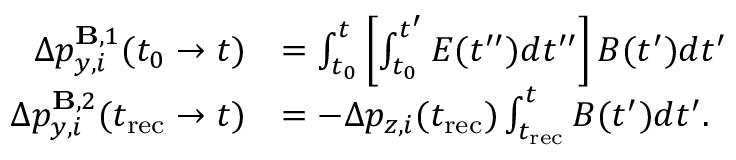
\begin{array} { r l } { \Delta p _ { y , i } ^ { \mathbf { B } , 1 } ( t _ { 0 } \to t ) } & { = \int _ { t _ { 0 } } ^ { t } \left[ \int _ { t _ { 0 } } ^ { t ^ { \prime } } E ( t ^ { \prime \prime } ) d t ^ { \prime \prime } \right] B ( t ^ { \prime } ) d t ^ { \prime } } \\ { \Delta p _ { y , i } ^ { \mathbf { B } , 2 } ( t _ { \mathrm { r e c } } \to t ) } & { = - \Delta p _ { z , i } ( t _ { \mathrm { r e c } } ) \int _ { t _ { \mathrm { r e c } } } ^ { t } B ( t ^ { \prime } ) d t ^ { \prime } . } \end{array}